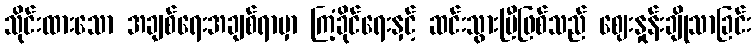
သိုင်းထားသော အချစ်ရေးအချစ်ရာမှာ ကြံ့ခိုင်ရေးနှင့် ဆင်းသွားပြီဖြစ်သည် ဈေးနှုန်းချိုသာခြင်း